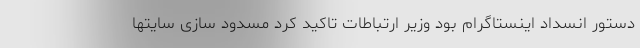
دستور انسداد اینستاگرام بود وزير ارتباطات تاکید کرد مسدود سازی سایتها